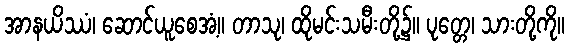
အာနယိဿံ၊ ဆောင်ယူစေအံ့။ တာသု၊ ထိုမင်းသမီးတို့၌။ ပုတ္တေ၊ သားတို့ကို။